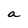
Character: a